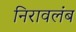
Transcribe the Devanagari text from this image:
निरावलंब